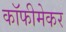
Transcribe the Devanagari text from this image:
कॉफीमेकर